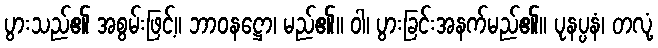
ပွားသည်၏ အစွမ်းဖြင့်။ ဘာဝနဋ္ဌော၊ မည်၏။ ဝါ၊ ပွားခြင်းအနက်မည်၏။ ပုနပ္ပနံ၊ တလုံ့